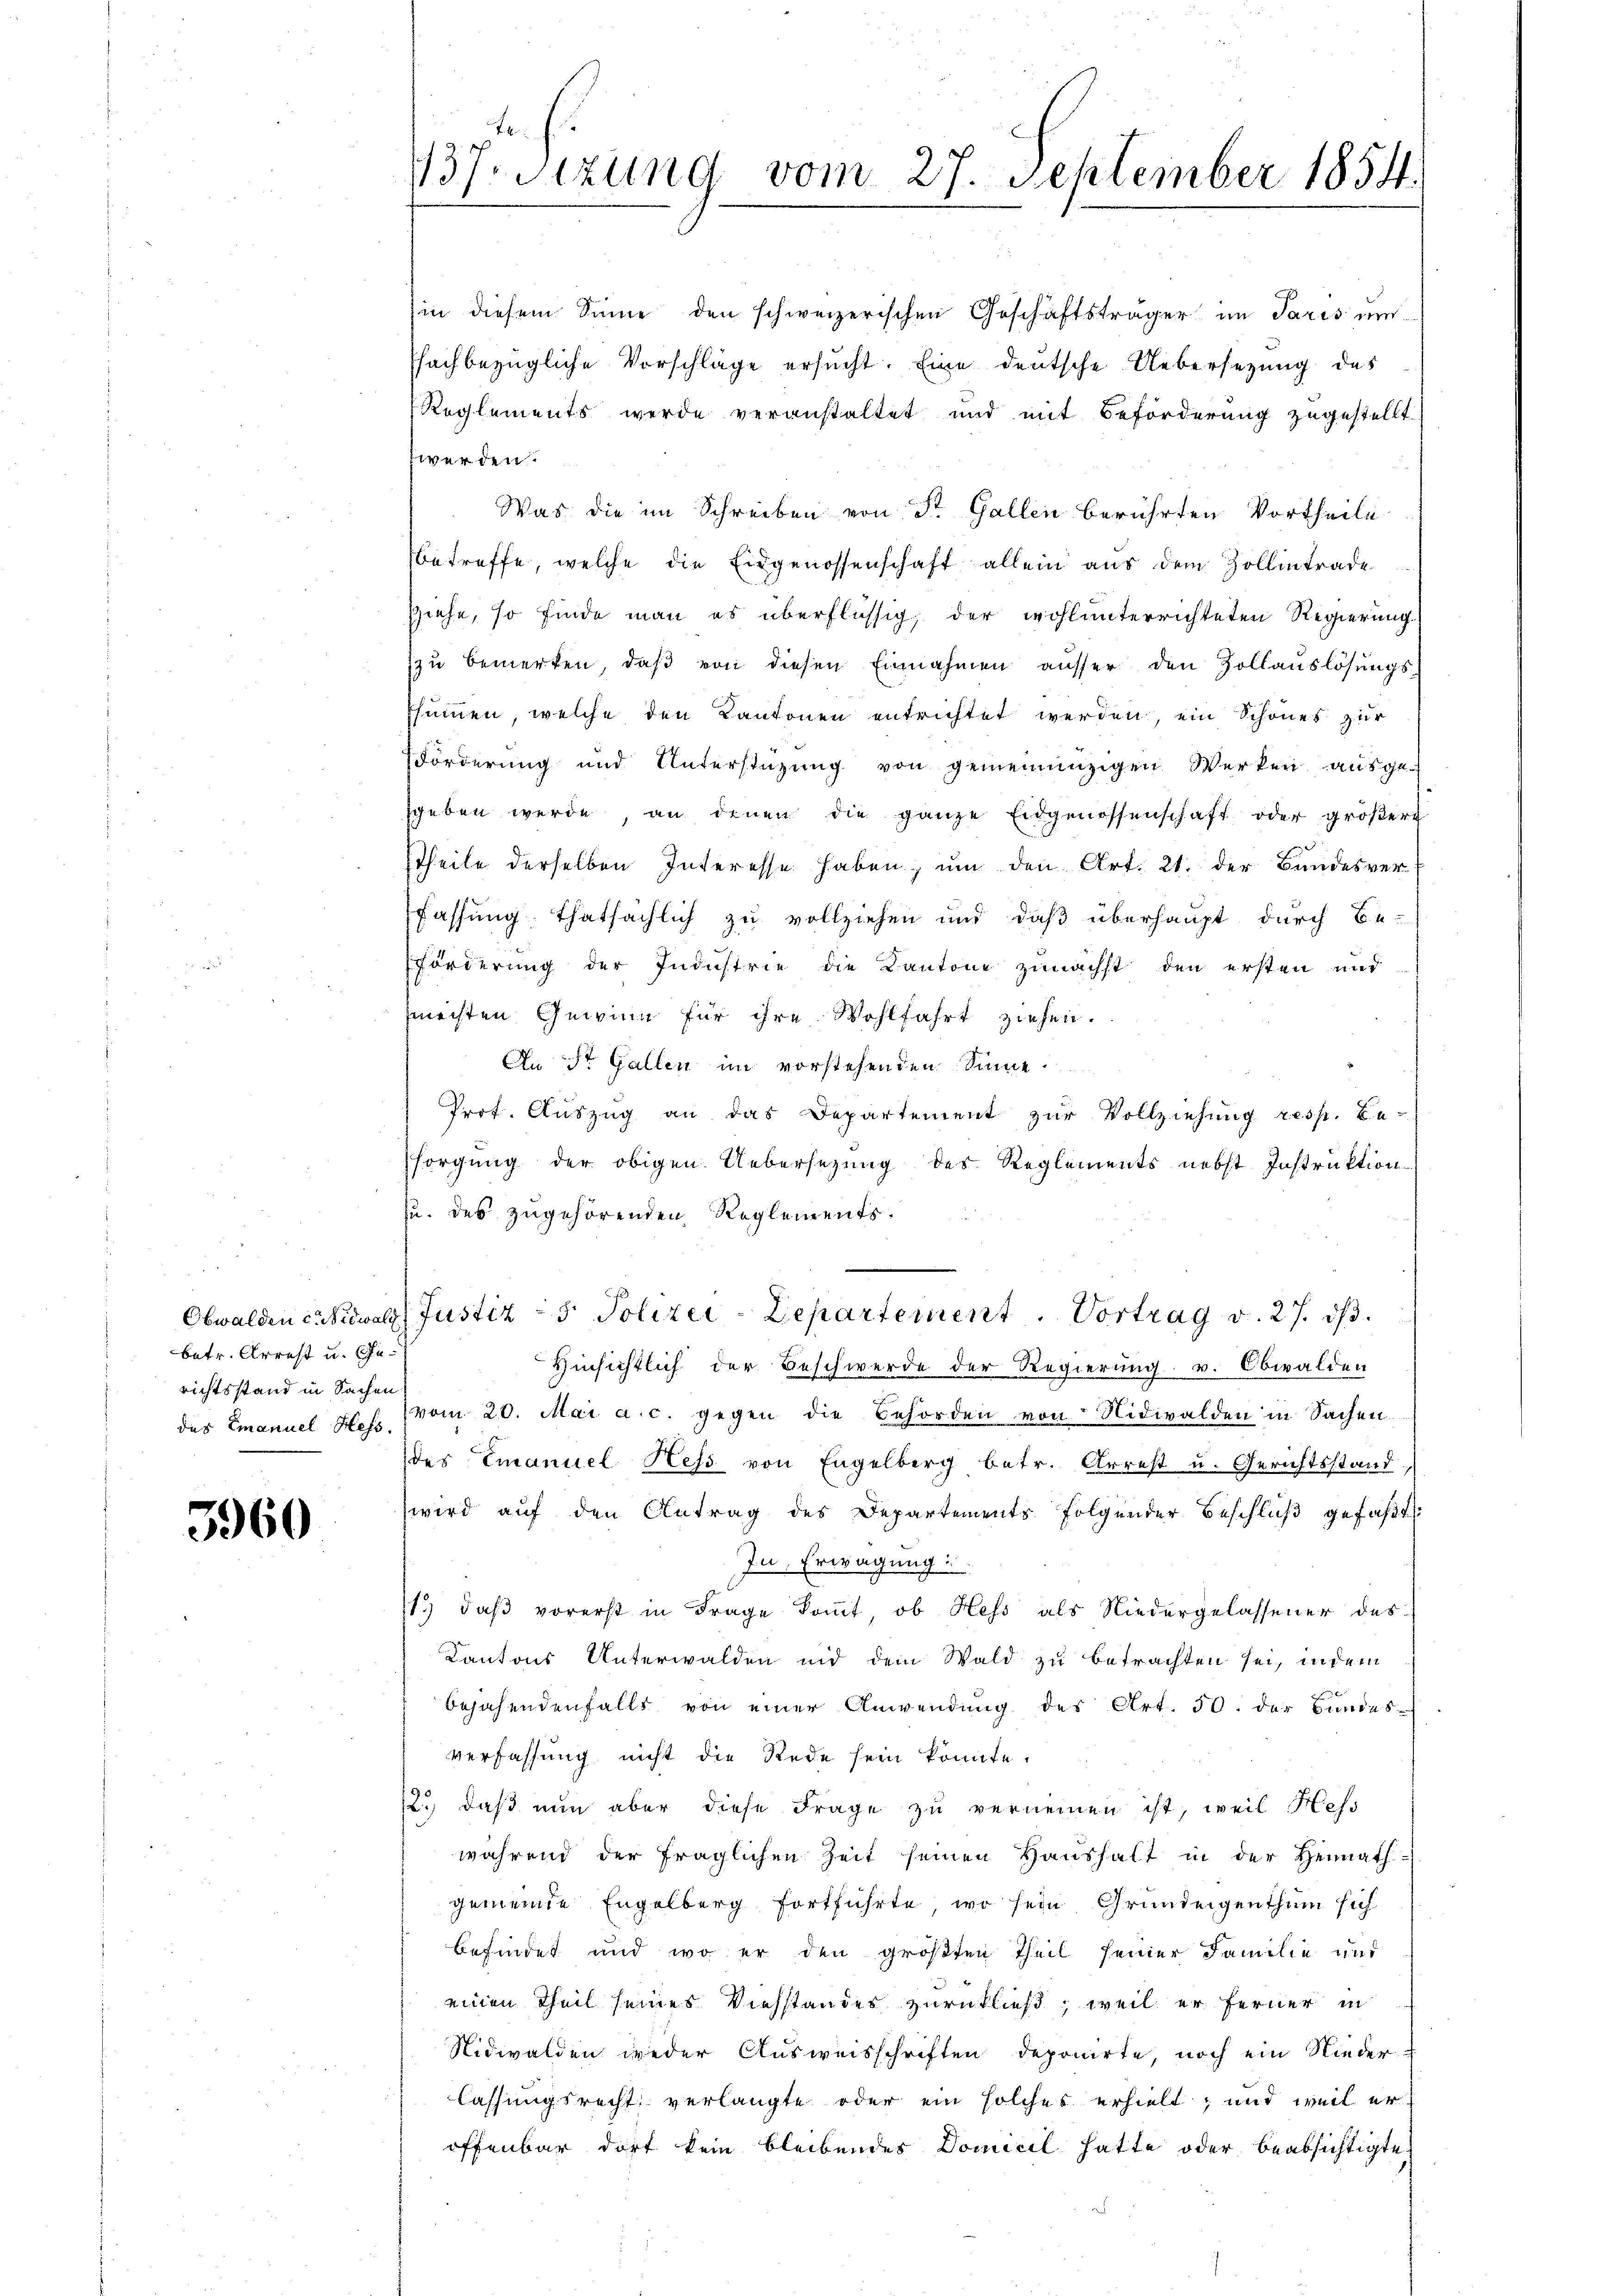
betr. Arrest u. Eherichtsstand in Sachen

5960

137. Sitzung vom 27. September 1854.

werden.
Was die im Schreiben von Sr. Gallen berührten Vortheile
betreffe, welche die Eidgenossenschaft allein aus dem Zollintrade
Ziehe, so finde man es überflüssig, der wohl unterrichteten Regierung.
zu bemerken, daβ von diesen Einnahmen ausser den Zollauslösungs-
ssummen, welche den Kantonen entrichtet werden, ein Schönes zur
Förderung und Unterstützŭng von gemeinnüzigen Werken ausge-
sheben werde, an denen die ganze Eidgenossenschaft oder größere
theile derselben Interesse haben, um den Art. 21. der Bundesver-
fassung thatsächlich zu vollziehen und daß überhaupt durch Be-
Förderung der Industrie die Kantone zunächst den ersten und
gmeisten Gewinn für ihre Wohlfahrt ziehen.
An St. Gallen im vorstehenden Sinne.
Prof. Auszug an das Departement zur Vollziehung resp. Be-
sorgung der obigen Uebersezung des Reglements nebst Instruktion
zu. des zugehörenden Reglements.
Obwalden Citrowol Justiz - 5. Polizei-Departement. Vortrag v. 27. dβ.
Hinsichtlich der Beschwerde der Regierung v. Obwalden
des Emanuel Fr. f. vom 20. Mai a. c. gegen die Behörden von Nidwalden in Sachen.
des Emanuel Hess von Engelberg betr. Arrest u. Gerichtsstand,
wird auf den Antrag des Departements folgender Beschlŭβ gefaßt:
In Erwägung
11. daß vorerst in Frage kommt, ob Hess als Niedergelassener des
Kantons Unterwalden und dem Wald zu betrachten sei, in dem
bejahendenfalls von einer Anwendung des Art. 50. der Bundes-
verfassung nicht die Rede sein könnte.
2.) daß nun aber diese Frage zu verneinen ist, weil Hess
während der fraglichen Zeit seinen Haushalt in der Heimath-
gemeinde Engelberg fortführte, wo sein Grundeigenthum sich
befindet und wo er den größten Theil seiner Familie und
einen Theil seines Viehstandes zurückließ; weil er ferner in
Nidwalden weder Ausweisschriften deponirte, noch ein Nieder-
lassungsrecht verlangte oder ein solches erhielt; und weil er
offenbar dort kein bleibendes Domicil hatte oder beabsichtigte

hin diesem Sinne den schweizerischen Geschäftsträger im Paris um
ffachbezügliche Vorschläge ersucht. Eine deutsche Uebersetzung des
Reglements werde veranstaltet und mit Beförderung zugestellt